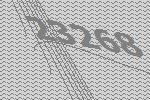
23268